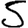
Digit: 5